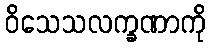
ဝိသေသလက္ခဏာကို